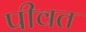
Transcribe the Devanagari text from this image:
पीवत